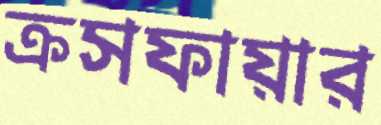
ক্রসফায়ার